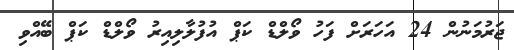
ޖަރުމަނުން 24 އަހަރަށް ފަހު ވޯލްޑް ކަޕް އުފުލާލިއިރު ވޯލްޑް ކަޕް ބޭއްވި